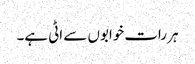
ہر رات خوابوں سے اٹی ہے۔